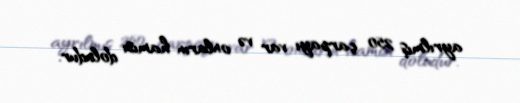
ayrılmış 250 çarpayı var və onların hamısı doludur.